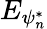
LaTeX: E_{\psi_{n}^{*}}